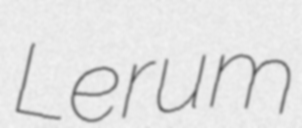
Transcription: Lerum